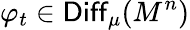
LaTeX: \varphi_{t}\in\mathsf{Diff}_{\mu}(M^{n})